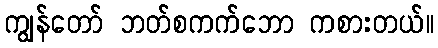
ကျွန်တော် ဘတ်စကက်ဘော ကစားတယ်။